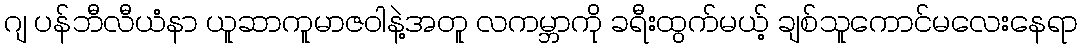
ဂျ ပန်ဘီလီယံနာ ယူဆာကူမာဇဝါနဲ့အတူ လကမ္ဘာကို ခရီးထွက်မယ့် ချစ်သူကောင်မလေးနေရာ